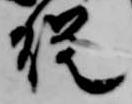
従